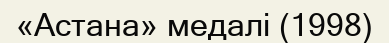
«Астана» медалі (1998)